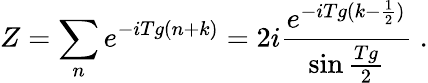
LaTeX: Z=\sum_{n}e^{-iTg(n+k)}=2i\frac{e^{-iTg(k-\frac{1}{2})}}{\sin\frac{Tg}{2}}\; .